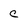
Character: c